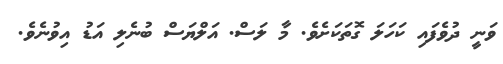
ވަނީ ދުވެފައި ކަހަލަ ގޮތަކަށެވެ. މާ ލަސް. އަލްޔަސް ބުނެލި އަޑު އިވުނެވެ.